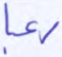
رعبا